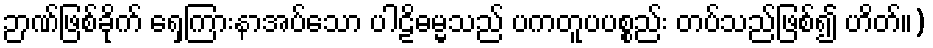
ဉာဏ်ဖြစ်ခိုက် ရှေ့ကြားနာအပ်သော ပါဠိဓမ္မသည် ပကတူပပစ္စည်း တပ်သည်ဖြစ်၍ ဟိတ်။)